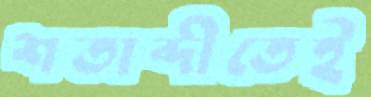
শতাব্দীতেই